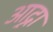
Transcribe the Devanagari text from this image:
आद्र्रा